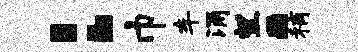
：巾车涌望a稍